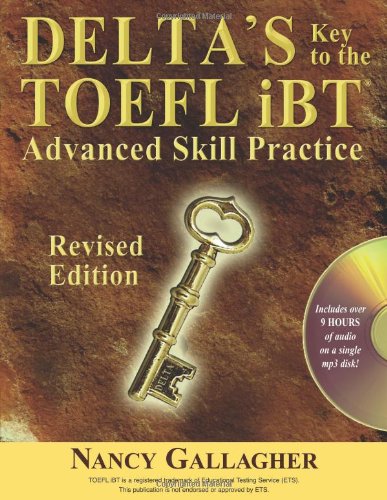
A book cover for Delta's Key to the TOEFL iBT: Advanced Skill Practice; Revised Edition; Nancy Gallagher; Test Preparation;